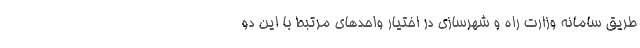
طریق سامانه وزارت راه و شهرسازی در اختیار واحدهای مرتبط با این دو